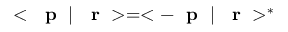
< \mathrm { ~ \bf ~ p ~ } \; | \; \mathrm { ~ \bf ~ r ~ } > = < - \mathrm { ~ \bf ~ p ~ } \; | \; \mathrm { ~ \bf ~ r ~ } > ^ { * }